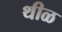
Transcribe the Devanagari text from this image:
थीळ